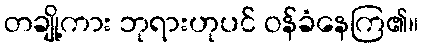
တချို့ကား ဘုရားဟုပင် ဝန်ခံနေကြ၏။